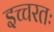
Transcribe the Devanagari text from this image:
इच्चरतः